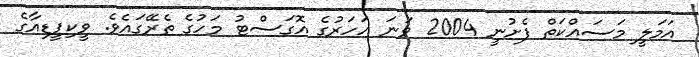
އަމަލީ މަސައްކަތް ފެށުނީ 2004 ވަނަ އަހަރުގެ އޮގަސްޓު މަހުގެ ތެރޭގައެވެ. ވީކިޕީޑިއާގެ